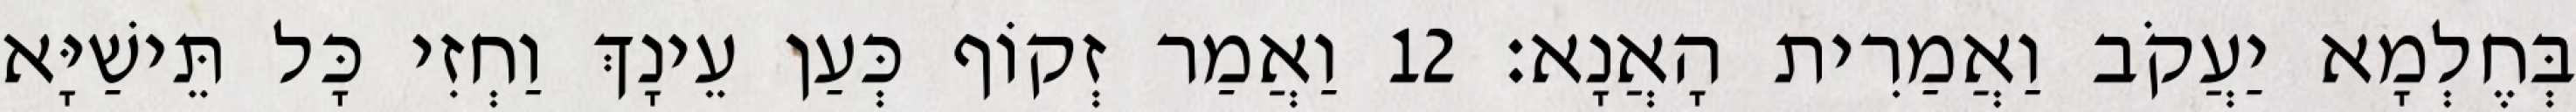
בְּחֶלְמָא יַעֲקֹב וַאֲמַרִית הָאֲנָא׃ 12 וַאֲמַר זְקוֹף כְּעַן עֵינָךְ וַחְזִי כָּל תֵּישַׁיָּא